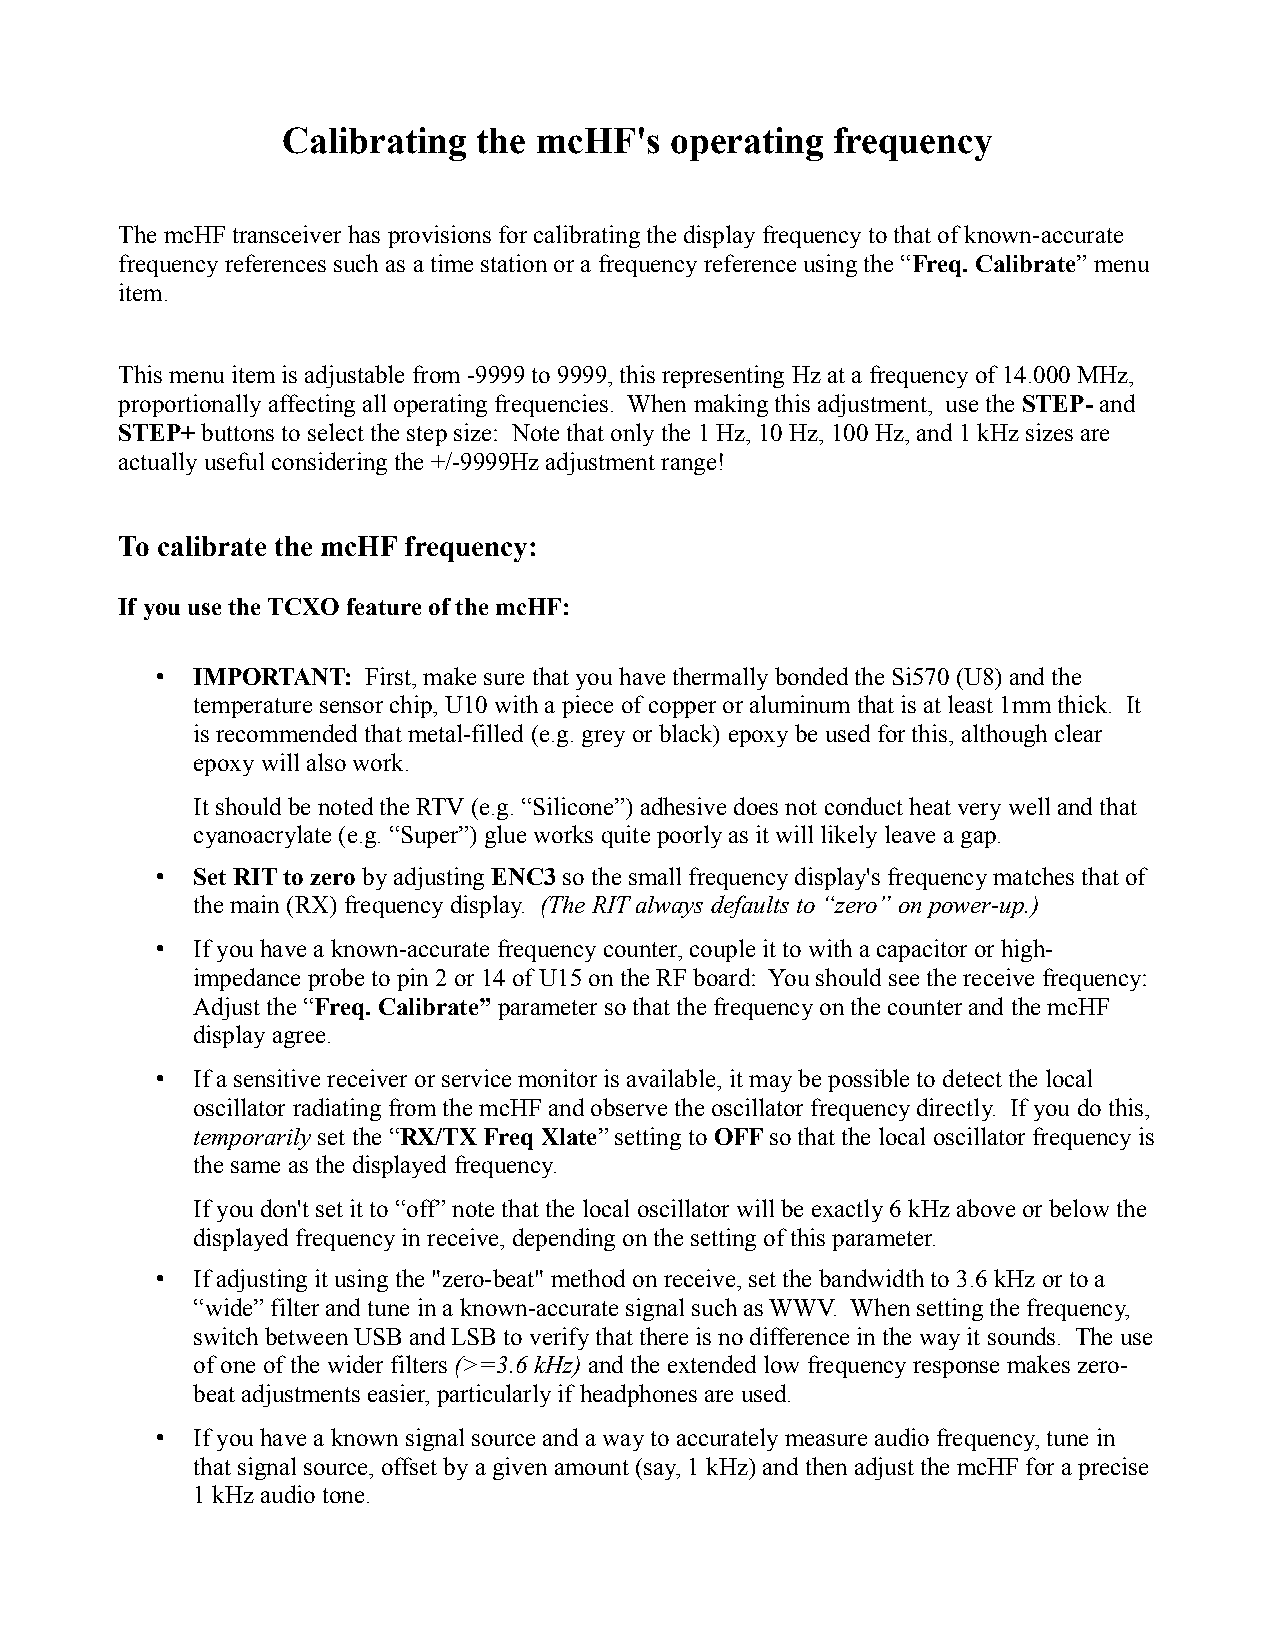
Calibrating  the mcHF's  operating  frequency
 The mcHF transceiver has provisions for calibrating the display frequency to that of known-accurate
 frequency references such as a time station or a frequency reference using the “Freq. Calibrate” menu
 item.
 This menu item is adjustable from -9999 to 9999, this representing Hz at a frequency of 14.000 MHz,
 proportionally affecting all operating frequencies. When making this adjustment, use the STEP- and
 STEP+ buttons to select the step size: Note that only the 1 Hz, 10 Hz, 100 Hz, and 1 kHz sizes are
 actually useful considering the +/-9999Hz adjustment range!
 To calibrate the mcHF frequency:
 If you use the TCXO feature of the mcHF:
 •  IMPORTANT: First, make sure that you have thermally bonded the Si570 (U8) and the
 temperature sensor chip, U10 with a piece of copper or aluminum that is at least 1mm thick. It
 is recommended that metal-filled (e.g. grey or black) epoxy be used for this, although clear
 epoxy will also work.
 It should be noted the RTV (e.g. “Silicone”) adhesive does not conduct heat very well and that
 cyanoacrylate (e.g. “Super”) glue works quite poorly as it will likely leave a gap.
 •  Set RIT to zero by adjusting ENC3 so the small frequency display's frequency matches that of
 the main (RX) frequency display. (The RIT always defaults to “zero” on power-up.)
 •  If you have a known-accurate frequency counter, couple it to with a capacitor or high-
 impedance probe to pin 2 or 14 of U15 on the RF board: You should see the receive frequency:
 Adjust the “Freq. Calibrate” parameter so that the frequency on the counter and the mcHF
 display agree.
 •  If a sensitive receiver or service monitor is available, it may be possible to detect the local
 oscillator radiating from the mcHF and observe the oscillator frequency directly. If you do this,
 temporarily set the “RX/TX Freq Xlate” setting to OFF so that the local oscillator frequency is
 the same as the displayed frequency.
 If you don't set it to “off” note that the local oscillator will be exactly 6 kHz above or below the
 displayed frequency in receive, depending on the setting of this parameter.
 •  If adjusting it using the "zero-beat" method on receive, set the bandwidth to 3.6 kHz or to a
 “wide” filter and tune in a known-accurate signal such as WWV. When setting the frequency,
 switch between USB and LSB to verify that there is no difference in the way it sounds. The use
 of one of the wider filters (>=3.6 kHz) and the extended low frequency response makes zero-
 beat adjustments easier, particularly if headphones are used.
 •  If you have a known signal source and a way to accurately measure audio frequency, tune in
 that signal source, offset by a given amount (say, 1 kHz) and then adjust the mcHF for a precise
 1 kHz audio tone.